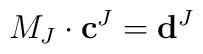
M_J\cdot \mathbf{c}^J=\mathbf{d}^J